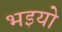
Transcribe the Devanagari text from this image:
भइयो